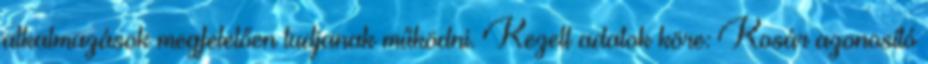
alkalmazások megfelelően tudjanak működni. Kezelt adatok köre: Kosár azonosító